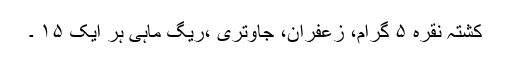
کشتہ نقرہ ۵ گرام، زعفران، جاوِتری ،ریگ ماہی ہر ایک ۱۵ ۔